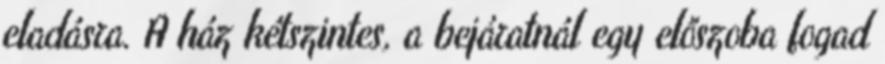
eladásra. A ház kétszintes, a bejáratnál egy előszoba fogad